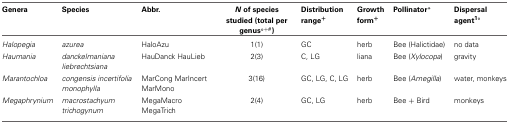
| Genera | Species | Abbr. | N of species studied (total per genus°+#) | Distribution range+ | Growth form+ | Pollinator* | Dispersal agent1° |
 | --- | --- | --- | --- | --- | --- | --- | --- |
 | Halopegia | azurea | HaloAzu | 1(1) | GC | herb | Bee (Halictidae) | no data |
 | Haumania | danckelmaniana liebrechtsiana | HauDanck HauLieb | 2(3) | C, LG | liana | Bee (Xylocopa) | gravity |
 | Marantochloa | congensis incertifolia monophylla | MarCong MarIncert MarMono | 3(16) | GC, LG, C, LG | herb | Bee (Amegilla) | water, monkeys |
 | Megaphrynium | macrostachyum trichogynum | MegaMacro MegaTrich | 2(4) | GC, LG | herb | Bee + Bird | monkeys |